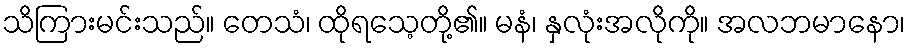
သိကြားမင်းသည်။ တေသံ၊ ထိုရသေ့တို့၏။ မနံ၊ နှလုံးအလိုကို။ အလဘမာနော၊